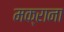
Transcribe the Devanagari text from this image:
मक्राना